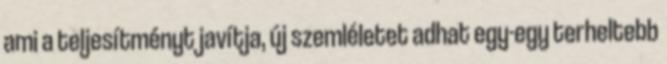
ami a teljesítményt javítja, új szemléletet adhat egy-egy terheltebb